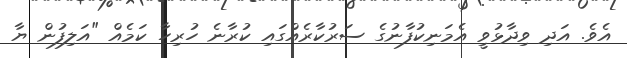
އެވެ. އަދި ވިދާޅުވީ އެމަނިކުފާނުގެ ސަރުކާރެއްގައި ކުރާނެ ހުރިހާ ކަމެއް "އަލިފުން ޔާ